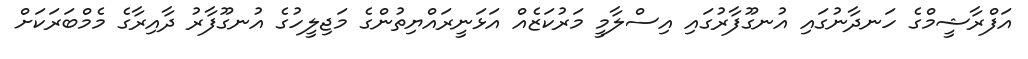
އަފްރާޝީމްގެ ހަނދާނުގައި އުނގޫފާރުގައި އިސްލާމީ މަރުކަޒެއް އަޅަނީރައްޔިތުންގެ މަޖިލީހުގެ އުނގޫފާރު ދާއިރާގެ މެމްބަރަކަށް